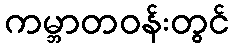
ကမ္ဘာတဝန်းတွင်